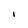
Character: I